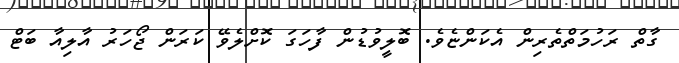
ގާތް ރަހުމަތްތެރިން އެކަންޏެވެ. ބޮލީވުޑުން ފާހަގަ ކޮށްލެވޭ ކަރަން ޖޯހަރު އާލިއާ ބަޓް